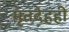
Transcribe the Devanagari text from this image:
मृतदेहही